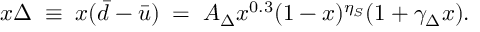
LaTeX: x \Delta \; \equiv \; x ( \bar { d } - \bar { u } ) \; = \; A _ { \Delta } x ^ { 0 . 3 } ( 1 - x ) ^ { \eta _ { S } } ( 1 + \gamma _ { \Delta } x ) .